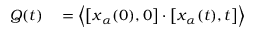
\begin{array} { r l } { Q ( t ) } & { { } = \Bigl \langle \v { u } \bigl [ \v { x } _ { \alpha } ( 0 ) , 0 \bigr ] \cdot \v { u } \bigl [ \v { x } _ { \alpha } ( t ) , t \bigr ] \Bigr \rangle } \end{array}